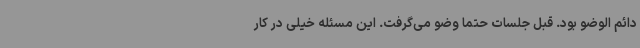
دائم الوضو بود. قبل جلسات حتماً وضو می‌گرفت. این مسئله خیلی در کار